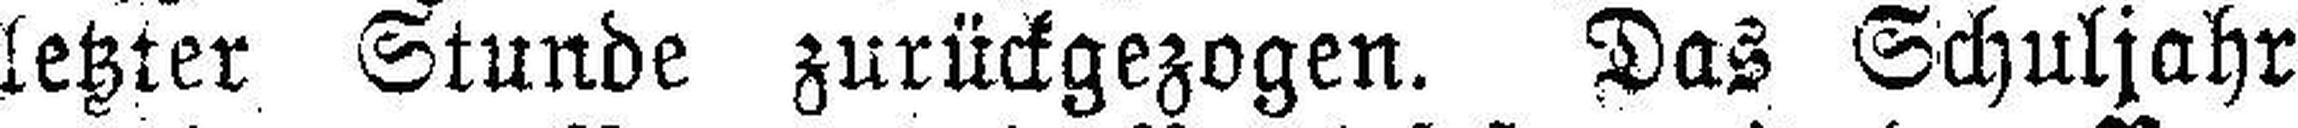
letzter Stunde zurückgezogen. Das Schuljahr